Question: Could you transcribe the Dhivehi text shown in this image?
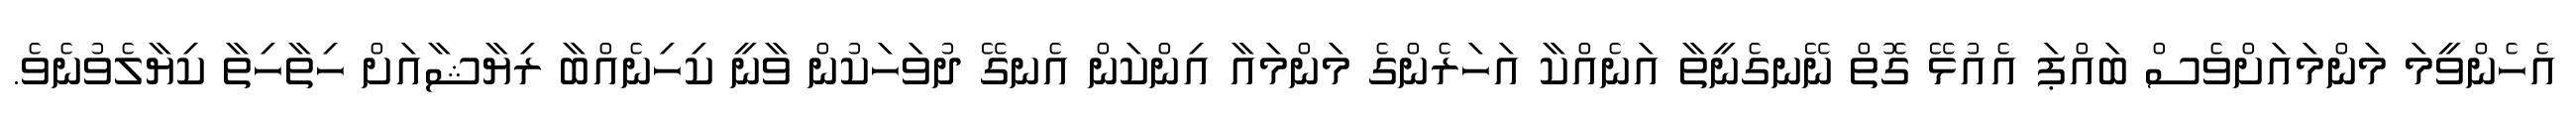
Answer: އެހެންވީމަ މަންމައަށްވެސް ބައްޕަ އެއުޅޭ ގޮތް ނޭނގެނީތާ އަނެއްކާ އަހަރެންގެ މަންމައާ އިންކަން އެނގޭ ދުވަހަކުން ވާނީ ކިހިނެއްބާ ރިޔާޝާއަށް ހިތާހިތާ ކިޔާލެވުނެވެ.